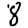
Digit: 8